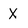
Character: X